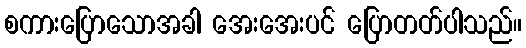
စကားပြောသောအခါ အေးအေးပင် ပြောတတ်ပါသည်။